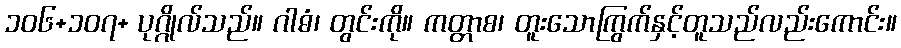
၁၀၆+၁၀၇+ ပုဂ္ဂိုလ်သည်။ ဂါဓံ၊ တွင်းကို။ ကတ္တာစ၊ တူးသောကြွက်နှင့်တူသည်လည်းကောင်း။